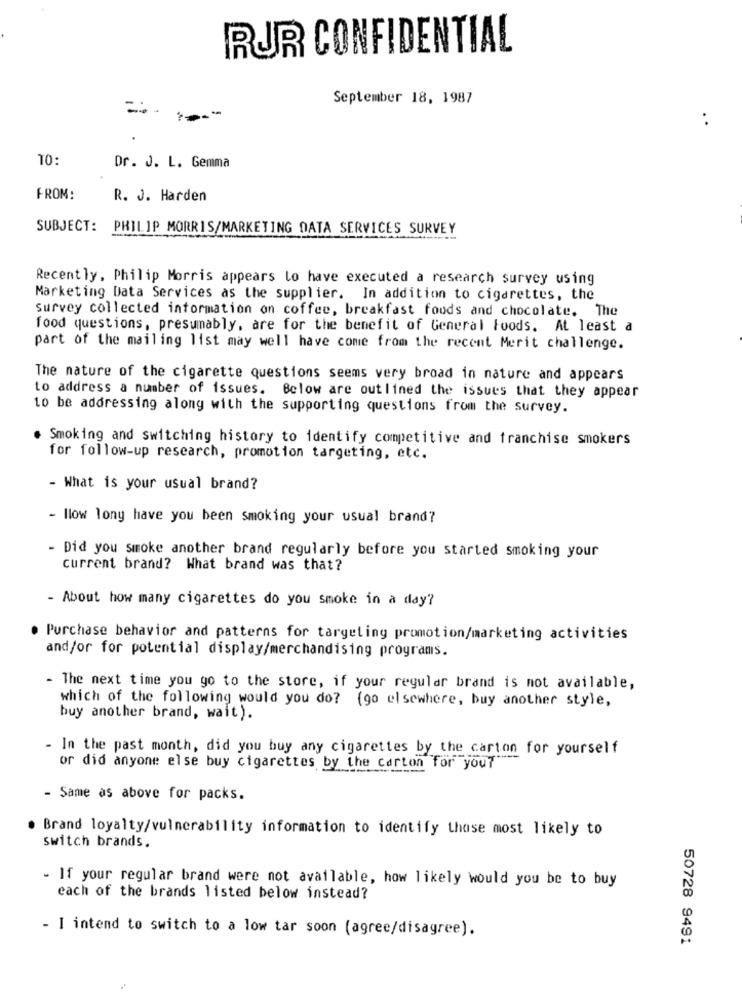
RUR CONFIDENTIAL
September 18, 1987
:
TO:
Dr. J. L. Gemma
FROM:
R. J. Harden
SUBJECT: PHILIP MORRIS/MARKETING DATA SERVICES SURVEY
Recently, Philip Morris appears lo have executed a research survey using
Marketing Data Services as the supplier. In addition to cigarettes, the
Survey collected information on coffee, breakfast foods and chocolate. The
food questions, presumably, are for the benefit of General Foods. At least a
part of the mailing list may well have come from the recent Merit challenge.
The nature of the cigarette questions seems very broad in nature and appears
to address a number of issues. Below are outlined the issues that they appear
to be addressing along with the supporting questions from the survey.
. Smoking and switching history to identify competitive and franchise smokers
for follow-up research, promotion targeting, etc.
- What is your usual brand?
- llow lony have you been smoking your usual brand?
- Did you smoke another brand regularly before you started smoking your
current brand? What brand was that?
- About how many cigarettes do you smoke in a day?
Purchase behavior and patterns for targeting promotion/marketing activities
and/or for potential display/merchandising programs.
- The next time you go to the store, if your regular brand is not available,
which of the following would you do? (go elsewhere, buy another style,
buy another brand, wait).
- In the past month, did you buy any cigarettes by the carton for yourself
or did anyone else buy cigarettes by the carton for you?"
- Same as above for packs.
Brand loyalty/vulnerability information to identify those most likely to
switch brands.
- If your regular brand were not available, how likely would you be to buy
each of the brands listed below instead?
- I intend to switch to a low tar soon (agree/disagree).
50728 9491